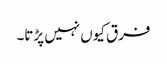
فرق کیوں نہیں پڑتا۔